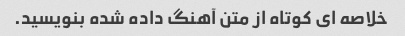
خلاصه ای کوتاه از متن آهنگ داده شده بنویسید.